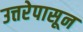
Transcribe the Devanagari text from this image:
उत्तरेपासून